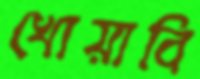
খোয়াবি